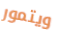
ويتمور